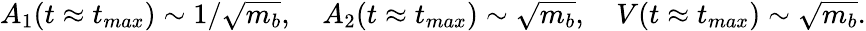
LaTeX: A_{1}(t\approx t_{max})\sim 1/\sqrt{m_{b}},\quad A_{2}(t\approx t_{max})\sim\sqrt{m_{b}},\quad V(t\approx t_{max})\sim\sqrt{m_{b}}.